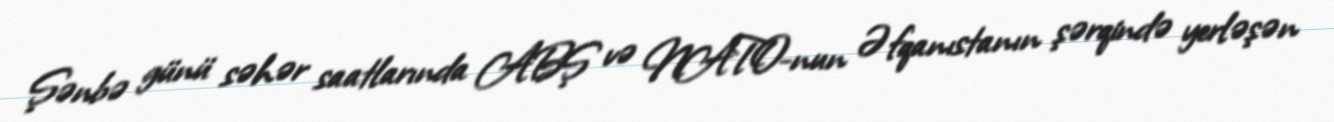
Şənbə günü səhər saatlarında ABŞ və NATO-nun Əfqanıstanın şərqində yerləşən